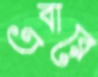
এবারে